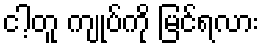
ငါ့တူ ကျုပ်ကို မြင်ရလား